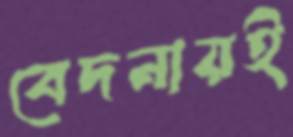
বেদনায়ই